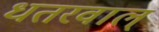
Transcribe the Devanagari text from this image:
धतरवाल्